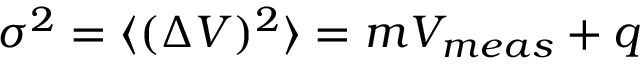
\sigma ^ { 2 } = \langle ( \Delta V ) ^ { 2 } \rangle = m V _ { m e a s } + q